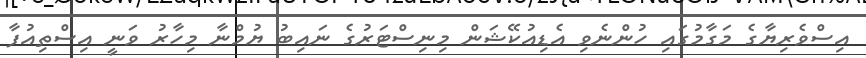
އިސްވެރިޔާގެ މަގާމުގައި ހުންނެވި އެޑިއުކޭޝަން މިނިސްޓަރުގެ ނައިބު ޔުމްނާ މިހާރު ވަނީ އިސްތިއުފާ